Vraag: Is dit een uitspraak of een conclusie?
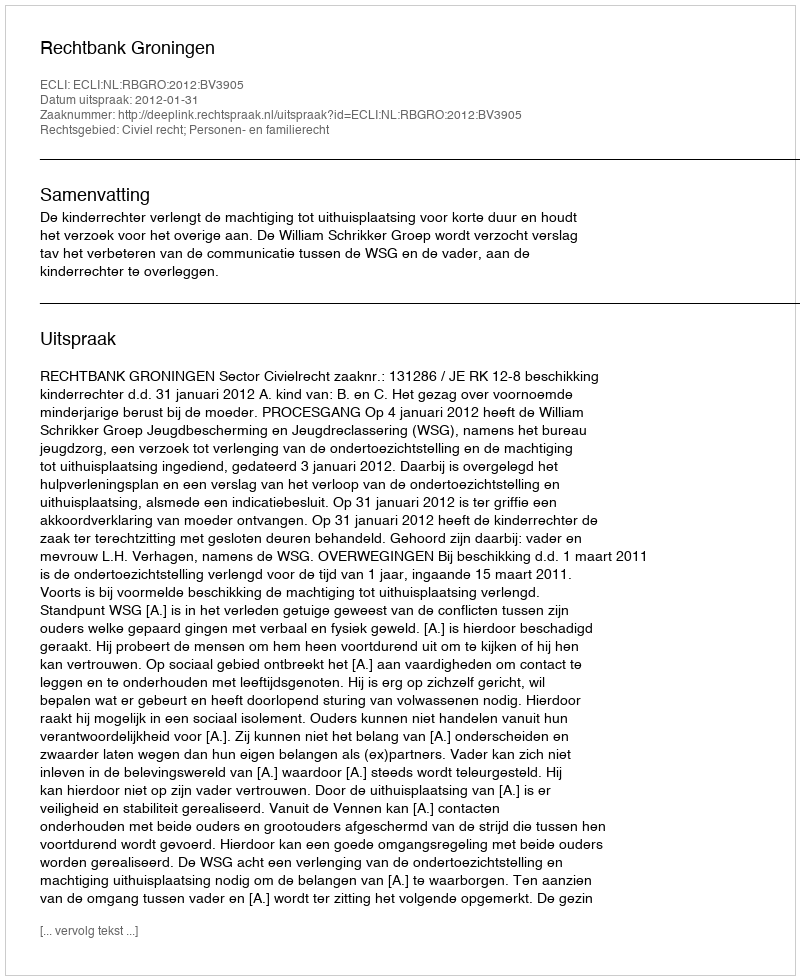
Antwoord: Uitspraak